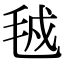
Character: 㲓